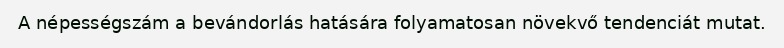
A népességszám a bevándorlás hatására folyamatosan növekvő tendenciát mutat.